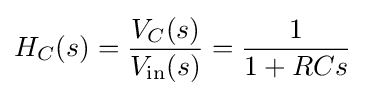
H_{C}(s)={\frac {V_{C}(s)}{V_{\mathrm {in} }(s)}}={\frac {1}{1+RCs}}